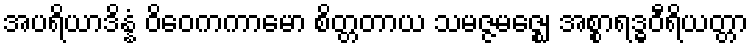
အပရိယာဒိန္နံ ဝိဝေကကာမော စိတ္တတာယ သမဇ္ဇမဇ္ဈေ အစ္စာရဒ္ဓဝီရိယတ္တာ